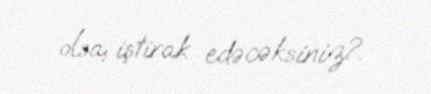
olsa, iştirak edəcəksiniz?.